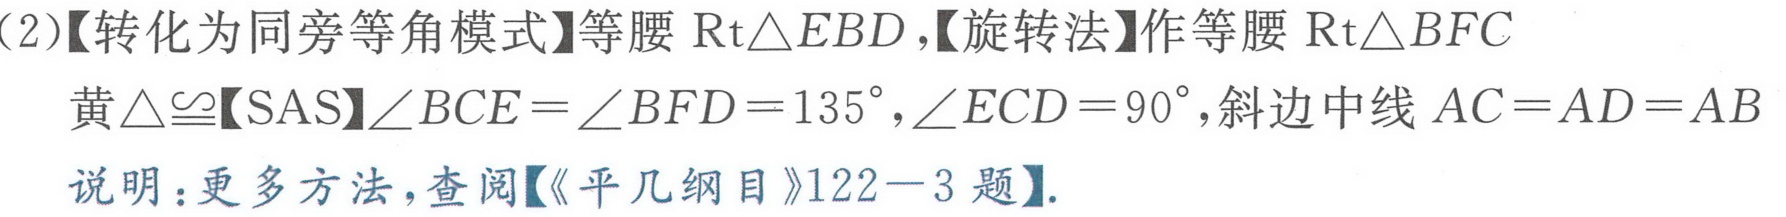
(2)【转化为同旁等角模式】等腰\(\text{Rt}\triangle EBD\),【旋转法】作等腰\(\text{Rt}\triangle BFC\)
黄\(\triangle\cong\)【SAS】\(\angle BCE=\angle BFD = 135^{\circ}\), \(\angle ECD = 90^{\circ}\), 斜边中线 \(AC = AD = AB\)
说明：更多方法, 查阅【《平几纲目》122 - 3题】.